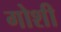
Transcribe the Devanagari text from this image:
गोशी